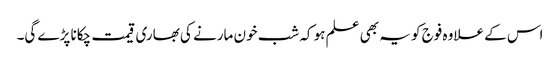
اس کے علاوہ فوج کو یہ بھی علم ہو کہ شب خون مارنے کی بھاری قیمت چکانا پڑے گی۔